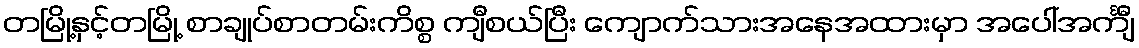
တမြို့နှင့်တမြို့ စာချုပ်စာတမ်းကိစ္စ ကျီစယ်ပြီး ကျောက်သားအနေအထားမှာ အပေါ်အင်္ကျီ